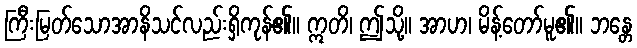
ကြီးမြတ်သောအာနိသင်လည်းရှိကုန်၏။ ဣတိ၊ ဤသို့။ အာဟ၊ မိန့်တော်မူ၏။ ဘန္တေ